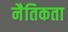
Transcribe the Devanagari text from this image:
नैतिकता